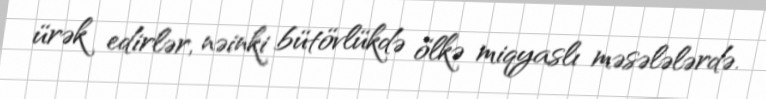
ürək edirlər, nəinki bütövlükdə ölkə miqyaslı məsələlərdə.